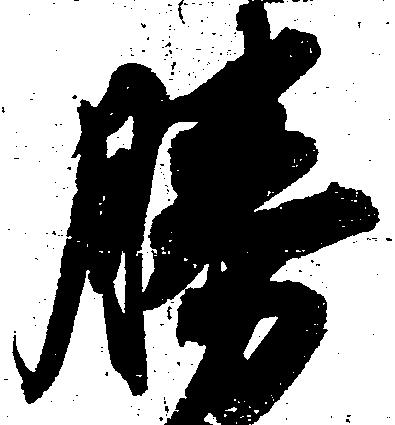
勝